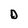
Character: D